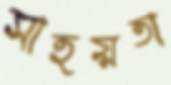
সাহয়তা